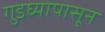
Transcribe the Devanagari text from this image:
गुडघ्यापासून